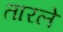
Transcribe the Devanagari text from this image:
तारले